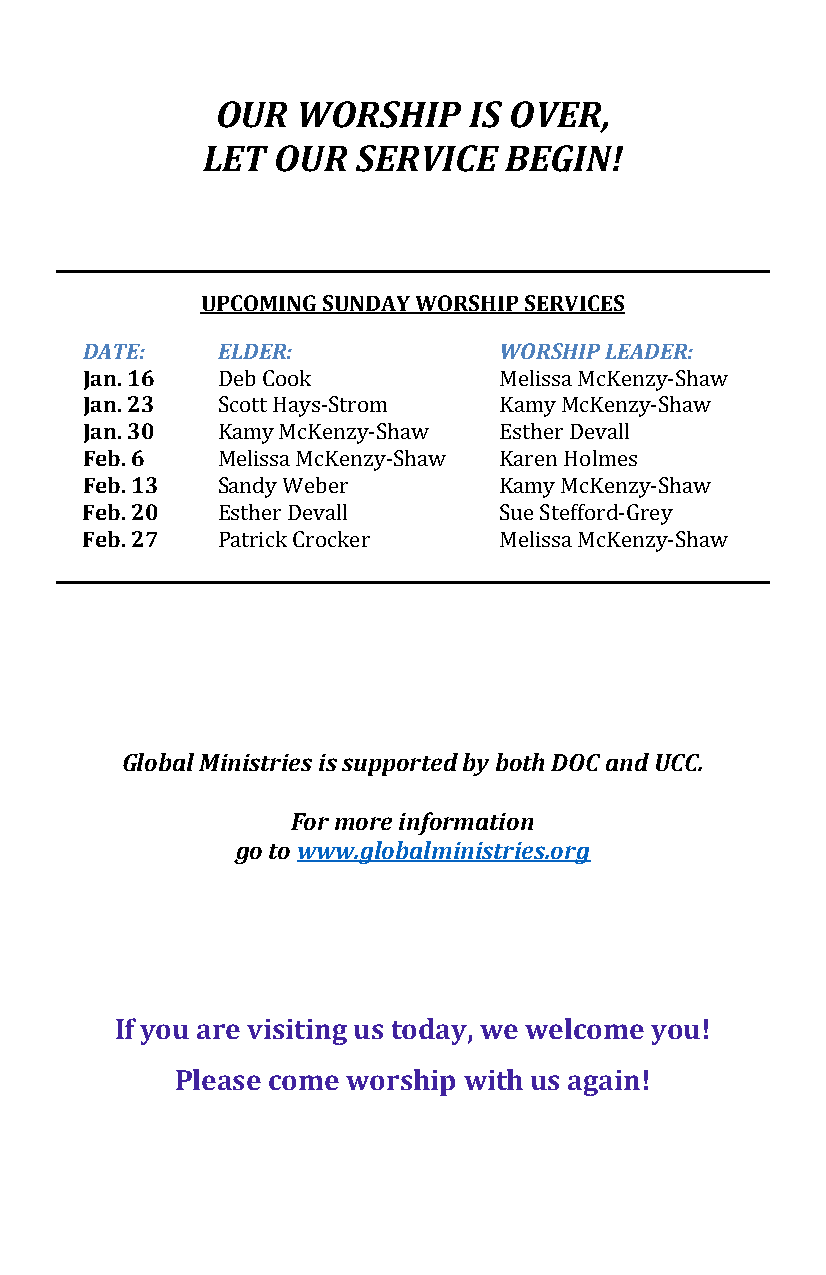
OUR   WORSHIP    IS OVER,
 LET  OUR   SERVICE  BEGIN!
 UPCOMING SUNDAY WORSHIP SERVICES
 DATE:    ELDER:             WORSHIP LEADER:
 Jan. 16
 Jan. 23
 Jan. 30  Deb Cook           Melissa McKenzy-Shaw
 Feb. 6   Scott Hays-Strom   Kamy McKenzy-Shaw
 Feb. 13  Kamy McKenzy-Shaw  Esther Devall
 Feb. 20  Melissa McKenzy-Shaw Karen Holmes
 Feb. 27  Sandy Weber        Kamy McKenzy-Shaw
 Esther Devall      Sue Stefford-Grey
 Patrick Crocker    Melissa McKenzy-Shaw
 Global Ministries is supported by both DOC and UCC.
 For more information
 go to www.globalministries.org
 If you are visiting us today, we welcome you!
 Please come worship with us again!